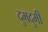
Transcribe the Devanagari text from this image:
दुमदुमी